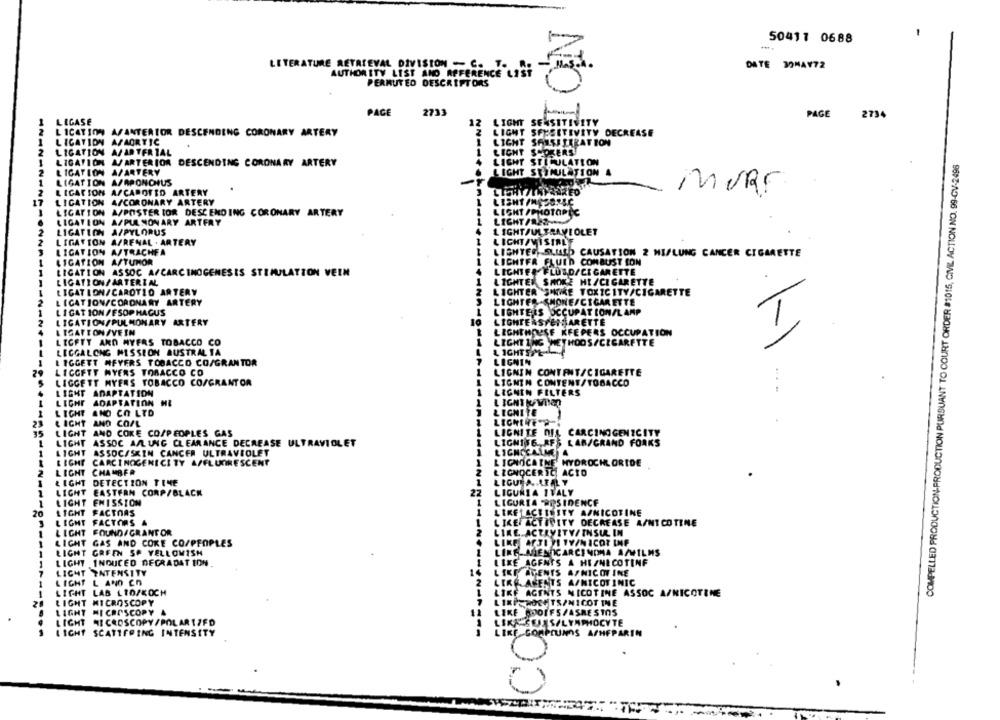
N
1
50411 0688
DATE 30MAY72
LETERATURE RETRIEVAL DIVISION - C. T.
AUTHORITY LIST AND AFFERENCE LIST
PERMUTEO DESCRIPTORS
PAGE
2733
PAGE
2734
LIGASE
12
LIGHT SENSITIVITY
L ICATION ASANTERIOR DESCENDING CORONARY ARTERY
LIGHT SENSITIVITY DECREASE
L ICATION APAORTIC
LIGHT SAYSISTRATION
LIGATION A/ARTERIAL
LIGHT SMOKERS
COMPELLED PRODUCTION-PRODUCTION PURSUANT TO COURT ORDER #1015, CIVIL ACTION NO. 99-GV-2496
LIGATION A/ARTERIOA DESCENDING CORONARY ARTERY
LIGHT STIMULATION
LIGATION A/ARTERY
LIGHT STIMULATION A
LIGATION A/APONCHUS
LIGATION A/CAROTID ARTERY
MURE
LIGATION A/CORONARY ARTERY
LISHT/MEJORLC
LIGATION A/POSTER IOR DESCENDING CORONARY ARTERY
LIGHT /PHOTOPIC
LIGATION A/PULMONARY ARTERY
LIGHT /R22 ~**
LIGATION A/PYLORUS
LIGHT/ULTRAVIOLET
LIGATION A/RENAL . ARTERY
LIGHT/VISTAL'E
LIGATION A/TRACHEA
LIGHTERSLUSO CAUSATION 2 HISLUNG CANCER CIGARETTE
LIGATION A/TUMOR
LICHTER FLUID COMBUST ION
LIGATION ASSOC A/CARCINOGENESIS STIMULATION VEEN
LIGHTFO FLUSD/CIGARETTE
LIGHTER SMOKE HI/CIGARETTE
LIGATION/ ARTERIAL
LIGATION/CAROTID ARTERY
LIGHTER SMOKE TOXICITY/CIGARETTE
L ICATION/CORONARY ARTERY
LIGHTER-SHONE/CIGARETTE
LIGATION/ESOPHAGUS
LIGHTERS OCCUPAT LON/LAMP
LIGATION/PULMONARY ARTERY
LISATION/VEIN
LIGHTHOUSE KEEPERS OCCUPATION
I
LICFTT AND MYERS TOBACCO CO
LIGHT ING THEY HOOS /CIGARETTE
LEGGALONG MISSION AUSTRAL TA
& IGHTSPL
LIGGETT MEYERS TOBACCO CO/GRANTOR
LIGNIN
LICGETT NYERS TOBACCO CO
LIGNIN CONTENT/CIGARETTE
LEGGETT MYERS TOBACCO CO/GRANTOR
LIGNIN CONTENT/TOBACCO
LIGHT ADAPTATION
LIGNIN FILTERS
LIGHT ADAPTATION
LIGHT KWINGO
LIGNITE
LIGHT AND CO LTD
21
LIGHT AND CO/L
LIGHT AND COKE CO/PEOPLES GAS
CARCINOGENICITY
LIGNITE DIA
LIGHT
ASSOC A/LUNG CLEARANCE DECREASE ULTRAVIOLET
LIGHTS6 ., RFS LAR/GRAND FORKS
1
LIGHT ASSOC/SKIN CANCER ULTRAVIOLET
LIGNECALME
LIGHT
CARCINOGENICI TY A/FLUORESCENT
L IGIOCAINE HYDROCHLORIDE
2
LIGHT
CHAMBER
& ZONOCERIC ACID
LIGHT DETECTION TIME
LIGUEA. AFAL Y
LIGHT EASTERN CORP/BLACK
27
LIGURIA ITALY
1
LIGHT EMISSION
LIGURIA RESIDENCE
20
LIGHT
FACTOAS
LIKELACEILITY A/NICOTINE
LIGHT
FACTORS
LIKE ACTIVITY DECREASE A/NICOTINE
LIGHT
FOUND/GRANTOR
LIKE ACTIVITY/ INSUR IN
LIGHT GAS AND COKE CO/PEOPLES
LEKE ACTIVITY/NICOT INF
LIGHT GREEN SP YELLOWISH
LINE MENICARCINOMA A/WILMS
LIGHT INDUCED DEGRADATION
LIKE AGENTS & HE/NICOTINF
LIGHT INTENSITY
15
LIKE AGENTS A/NICOTINE
LIGHT L AND CO
2
LIKE AMENTS A/NICOTINIC
LIGHT LAB LIO/KOCH
LIKE AGENTS NICOTINE ASSOC A/NICOTINE
LIGHT MICROSCOPY
LIXPEROCHTS/NICOTINE
LIGHT MICROSCOPY
LIKE MOOIFS/ASBESTOS
COL
LIGHT MICROSCOPY/POLARIZFD
LIKA SEJAS/LYMPHOCYTE
LICHT SCATTERING INTENSITY
LIKE COMPOUNDS ASHEPARIN